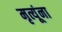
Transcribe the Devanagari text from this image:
मृत्यूंना